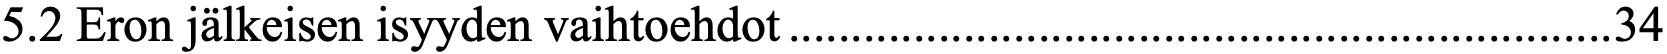
5.2 Eron jälkeisen isyyden vaihtoehdot .................................................................. 34